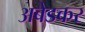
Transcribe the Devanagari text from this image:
अबेडकर